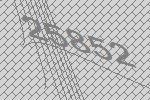
25852